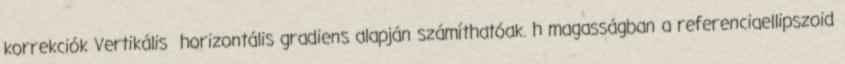
korrekciók Vertikális horizontális gradiens alapján számíthatóak. h magasságban a referenciaellipszoid